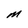
Character: M